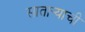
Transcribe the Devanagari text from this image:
सातार्‍याची